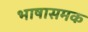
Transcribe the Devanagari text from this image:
भाषासमक